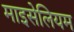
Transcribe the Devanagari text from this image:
माइसेलियम